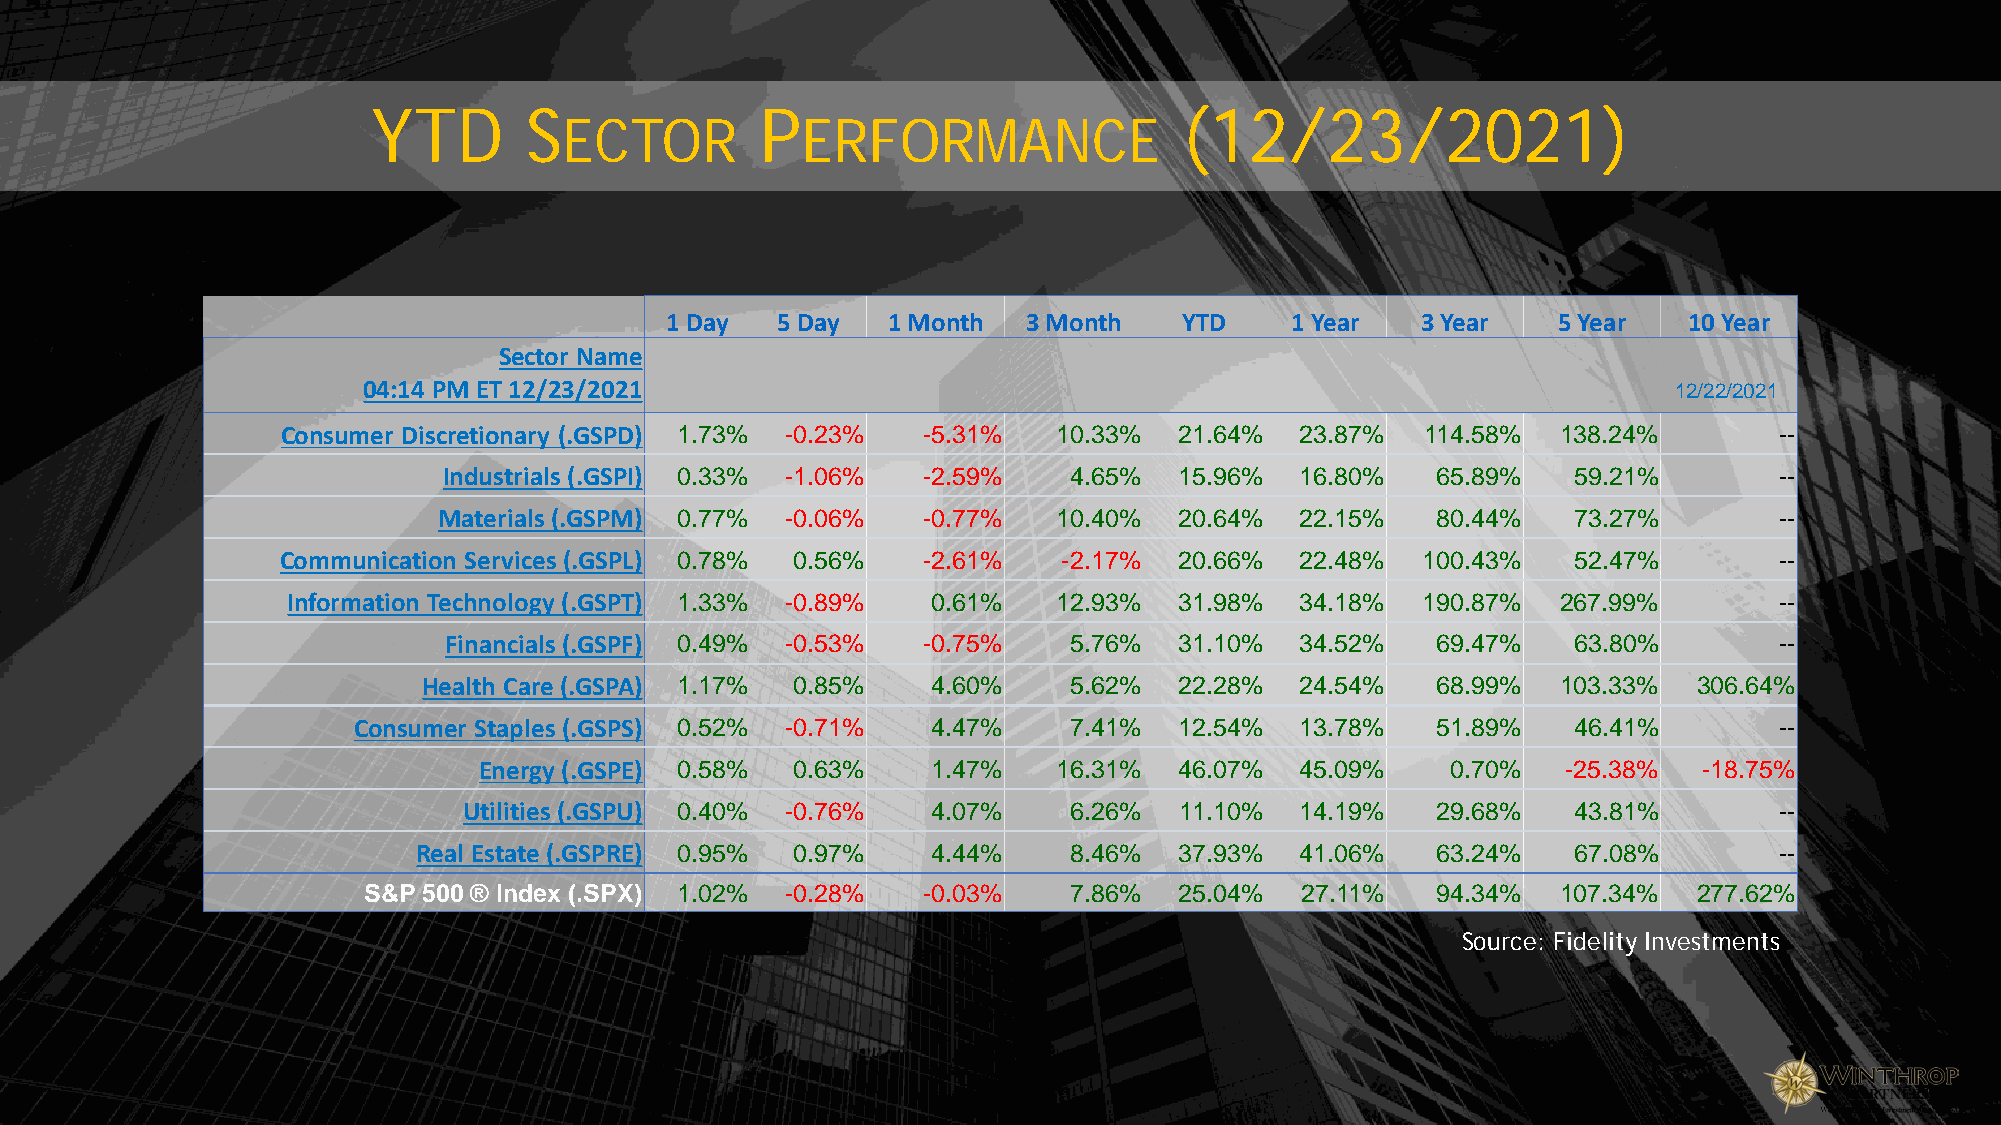
YTD       S              P                           (12/23/2021)
 ECTOR           ERFORMANCE
 1 Day  5 Day   1 Month  3 Month   YTD    1 Year   3 Year   5 Year   10 Year
 Sector Name
 04:14 PM ET 12/23/2021                                                                 12/22/2021
 Consumer Discretionary (.GSPD) 1.73% -0.23% -5.31% 10.33%  21.64%  23.87%  114.58%  138.24%        --
 Industrials (.GSPI) 0.33% -1.06% -2.59%   4.65%  15.96%  16.80%   65.89%   59.21%        --
 Materials (.GSPM) 0.77% -0.06%  -0.77%   10.40%  20.64%  22.15%   80.44%   73.27%        --
 Communication Services (.GSPL) 0.78% 0.56% -2.61%  -2.17%  20.66%  22.48%  100.43%   52.47%        --
 Information Technology (.GSPT) 1.33% -0.89% 0.61%  12.93%  31.98%  34.18%  190.87%  267.99%        --
 Financials (.GSPF) 0.49% -0.53% -0.75%    5.76%  31.10%  34.52%   69.47%   63.80%        --
 Health Care (.GSPA) 1.17% 0.85%   4.60%    5.62%  22.28%  24.54%   68.99%  103.33%  306.64%
 Consumer Staples (.GSPS) 0.52% -0.71%  4.47%    7.41%  12.54%  13.78%   51.89%   46.41%        --
 Energy (.GSPE) 0.58% 0.63%    1.47%   16.31%  46.07%  45.09%    0.70%   -25.38%  -18.75%
 Utilities (.GSPU) 0.40% -0.76% 4.07%    6.26%  11.10%  14.19%   29.68%   43.81%        --
 Real Estate (.GSPRE) 0.95% 0.97%  4.44%    8.46%  37.93%  41.06%   63.24%   67.08%        --
 S&P 500 ® Index (.SPX) 1.02% -0.28%  -0.03%    7.86%  25.04%  27.11%   94.34%  107.34%  277.62%
 Source: Fidelity Investments